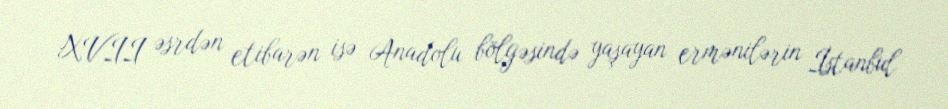
XVII əsrdən etibarən isə Anadolu bölgəsində yaşayan ermənilərin İstanbul